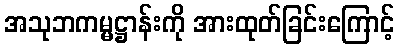
အသုဘကမ္မဋ္ဌာန်းကို အားထုတ်ခြင်းကြောင့်